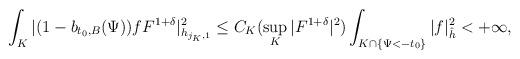
LaTeX: \begin{align*}\int_K|(1-b_{t_0,B}(\Psi))fF^{1+\delta}|^2_{h_{j_K,1}}\le C_K (\sup_K|F^{1+\delta}|^2)\int_{K\cap \{\Psi<-t_0\}} |f|^2_{\hat{h}}<+\infty,\end{align*}